Lunatic asylums Punjab 1911-1921 - 1911-1921
Year: 1911
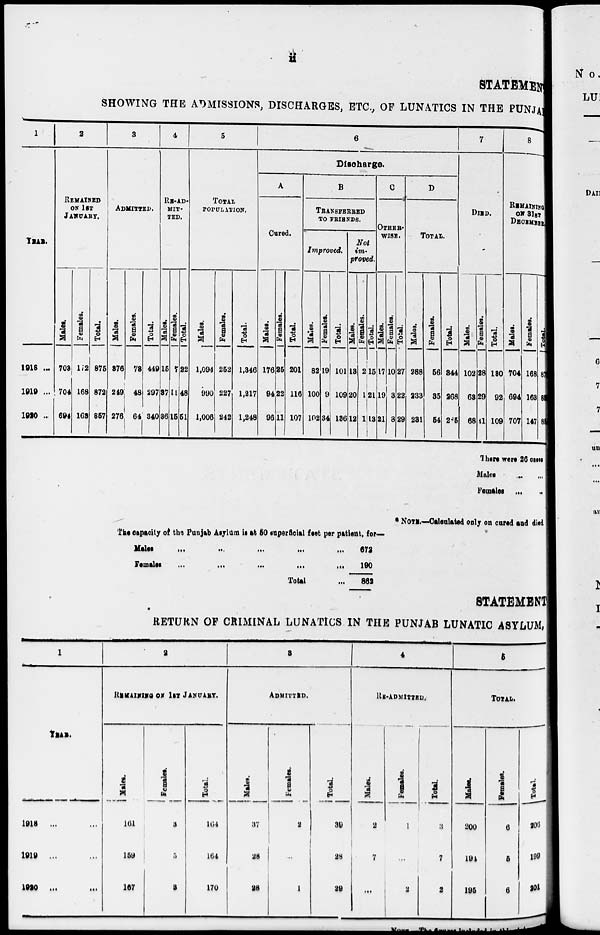
ii
STATEMENT
SHOWING THE ADMISSIONS, DISCHARGES, ETC., OF LUNATICS IN THE PUNJAB
1
YEAR.
1918 ...
1919 ...
1920 ...
2
REMAINED
ON 1ST
JANUARY.
Males.
703
704
694
Females.
172
168
163
Total.
875
872
857
3
ADMITTED.
Males.
876
249
276
Females.
73
48
64
Total.
449
297
340
4
RE-AD-
MIT-
TED.
Males.
15
37
36
Females.
7
11
15
Total.
22
48
51
5
TOTAL
POPULATION.
Males.
1,094
990
1,006
Females.
252
227
242
Total.
1,346
1,217
1,248
6
Discharge.
A
Cured.
Males.
176
94
96
Females.
25
22
11
Total.
201
116
107
B
TRANSFERRED
TO FRIENDS.
Improved.
Males.
82
100
102
Females.
10
9
34
Total.
101
109
136
Not
im-
proved.
Males.
13
20
12
Females.
2
1
1
Total.
15
21
13
C
------
----.
Males.
17
19
21
Females.
10
3
3
Total.
27
22
29
D
TOTAL.
Males.
288
233
231
Females.
56
35
54
Total.
344
268
285
7
DIED.
Males.
102
63
68
Females.
28
29
41
Total.
130
92
109
8
REMAINING
ON 31ST
DECEMBER
Males.
704
694
707
Females.
168
163
147
Total.
872
857
854
There were 26 cases
Males ... ...
Females ... ...
* NOTE.—Calculated only on cured and died
The capacity of the Punjab Asylum is at 50 superficial feet per patient, for—
Males
...
...
...
...
...
...
Females
...
...
...
...
...
...
Total ...
672
190
862
STATEMENT
RETURN OF CRIMINAL LUNATICS IN THE PUNJAB LUNATIC ASYLUM,
1
YEAR.
1918
... ...
1919 ... ...
1920
...
...
2
REMAINING ON 1ST JANUARY.
Males.
161
159
167
Females.
3
5
3
Total.
164
164
170
3
ADMITTED.
Males.
37
28
28
Females.
2
...
1
Total.
39
28
29
4
RE-ADMITTED.
Males.
2
7
...
Females.
1
...
2
Total.
3
7
2
5
TOTAL.
Males.
200
194
195
Females.
6
5
6
Total.
206
199
201